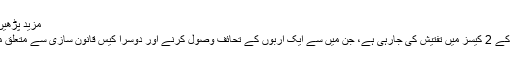
مزید پڑھیں: کرپشن الزامات: اسرائیلی وزیراعظم کے خلاف گھیرا تنگ
میڈیا رپورٹس کے مطابق اسرائیلی وزیراعظم سے بدعنوانی کے 2 کیسز میں تفتیش کی جارہی ہے، جن میں سے ایک اربوں کے تحائف وصول کرنے اور دوسرا کیس قانون سازی سے متعلق مثبت رپورٹنگ کے لیے اخبار پر دباؤ ڈالنے سے متعلق ہے۔